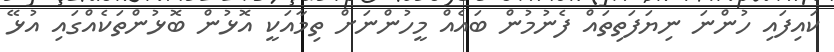
ކައިފައި ހުންނަ ނިޔަފަތިތައް ފެނުމުން ބައެއް މީހުންނަށް ތިމާއަކީ އޮޅުން ބޮޅުންތަކެއްގައި އުޅޭ